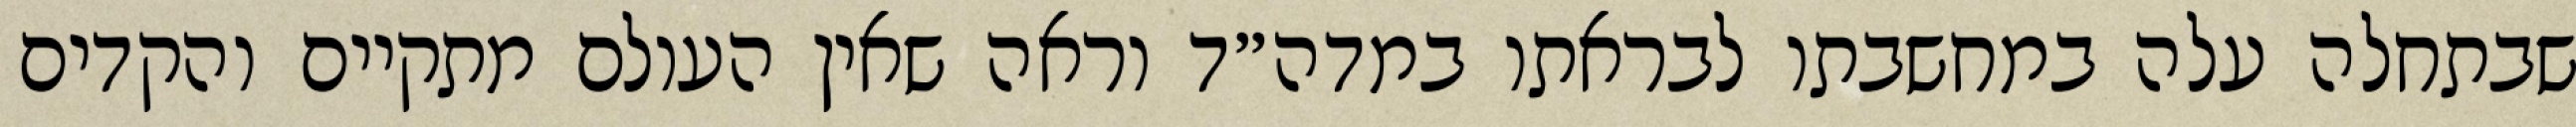
שבתחלה עלה במחשבתו לבראתו במדה״ד וראה שאין העולם מתקיים והקדים